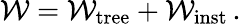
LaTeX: {\cal W}={\cal W}_{\mathrm{tree}}+{\cal W}_{\mathrm{inst}}\, .